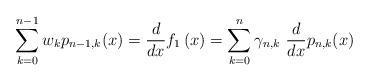
LaTeX: \begin{align*}\sum_{k=0}^{n-1}w_{k}p_{n-1,k} (x)=\frac{d}{dx} f_{1}\left( x\right) =\sum_{k=0}^{n}\gamma _{n,k} \ \frac{d}{dx} p_{n,k}(x ) \end{align*}